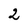
Character: 2